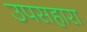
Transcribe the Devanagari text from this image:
उपसहारा